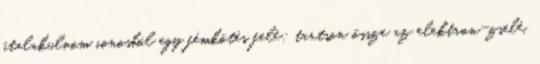
átalakulnom ionosból egy fémkötés felé; tartson össze az elektron-zselé,